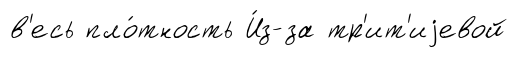
в'есь пло́тность И́з-за тр'ит'иjевой